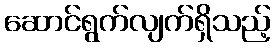
ဆောင်ရွက်လျက်ရှိသည့်